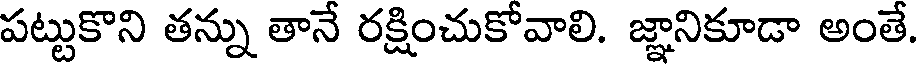
పట్టుకొని తన్ను తానే రక్షించుకోవాలి. జ్ఞానికూడా అంతే.